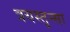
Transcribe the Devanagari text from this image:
त्रयस्तृन्सा